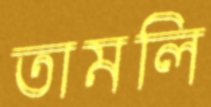
তামলি